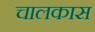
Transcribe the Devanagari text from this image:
चालकास